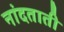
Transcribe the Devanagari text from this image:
नांदताती